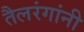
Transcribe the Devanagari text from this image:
तैलरंगांनी